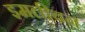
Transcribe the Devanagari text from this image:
इमलीवन